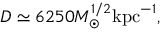
D \simeq 6 2 5 0 M _ { \odot } ^ { 1 / 2 } \mathrm { k p c } ^ { - 1 } ,